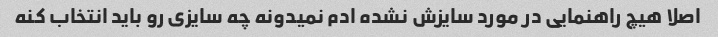
اصلا هیچ راهنمایی در مورد سایزش نشده ادم نمیدونه چه سایزی رو باید انتخاب کنه